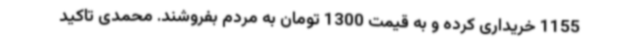
1155 خریداری کرده و به قیمت 1300 تومان به مردم بفروشند. محمدی تاکید